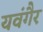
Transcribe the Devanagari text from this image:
यवंगैर